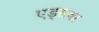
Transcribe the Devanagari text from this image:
एड्‌सवर